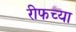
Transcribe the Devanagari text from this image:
रीफच्या